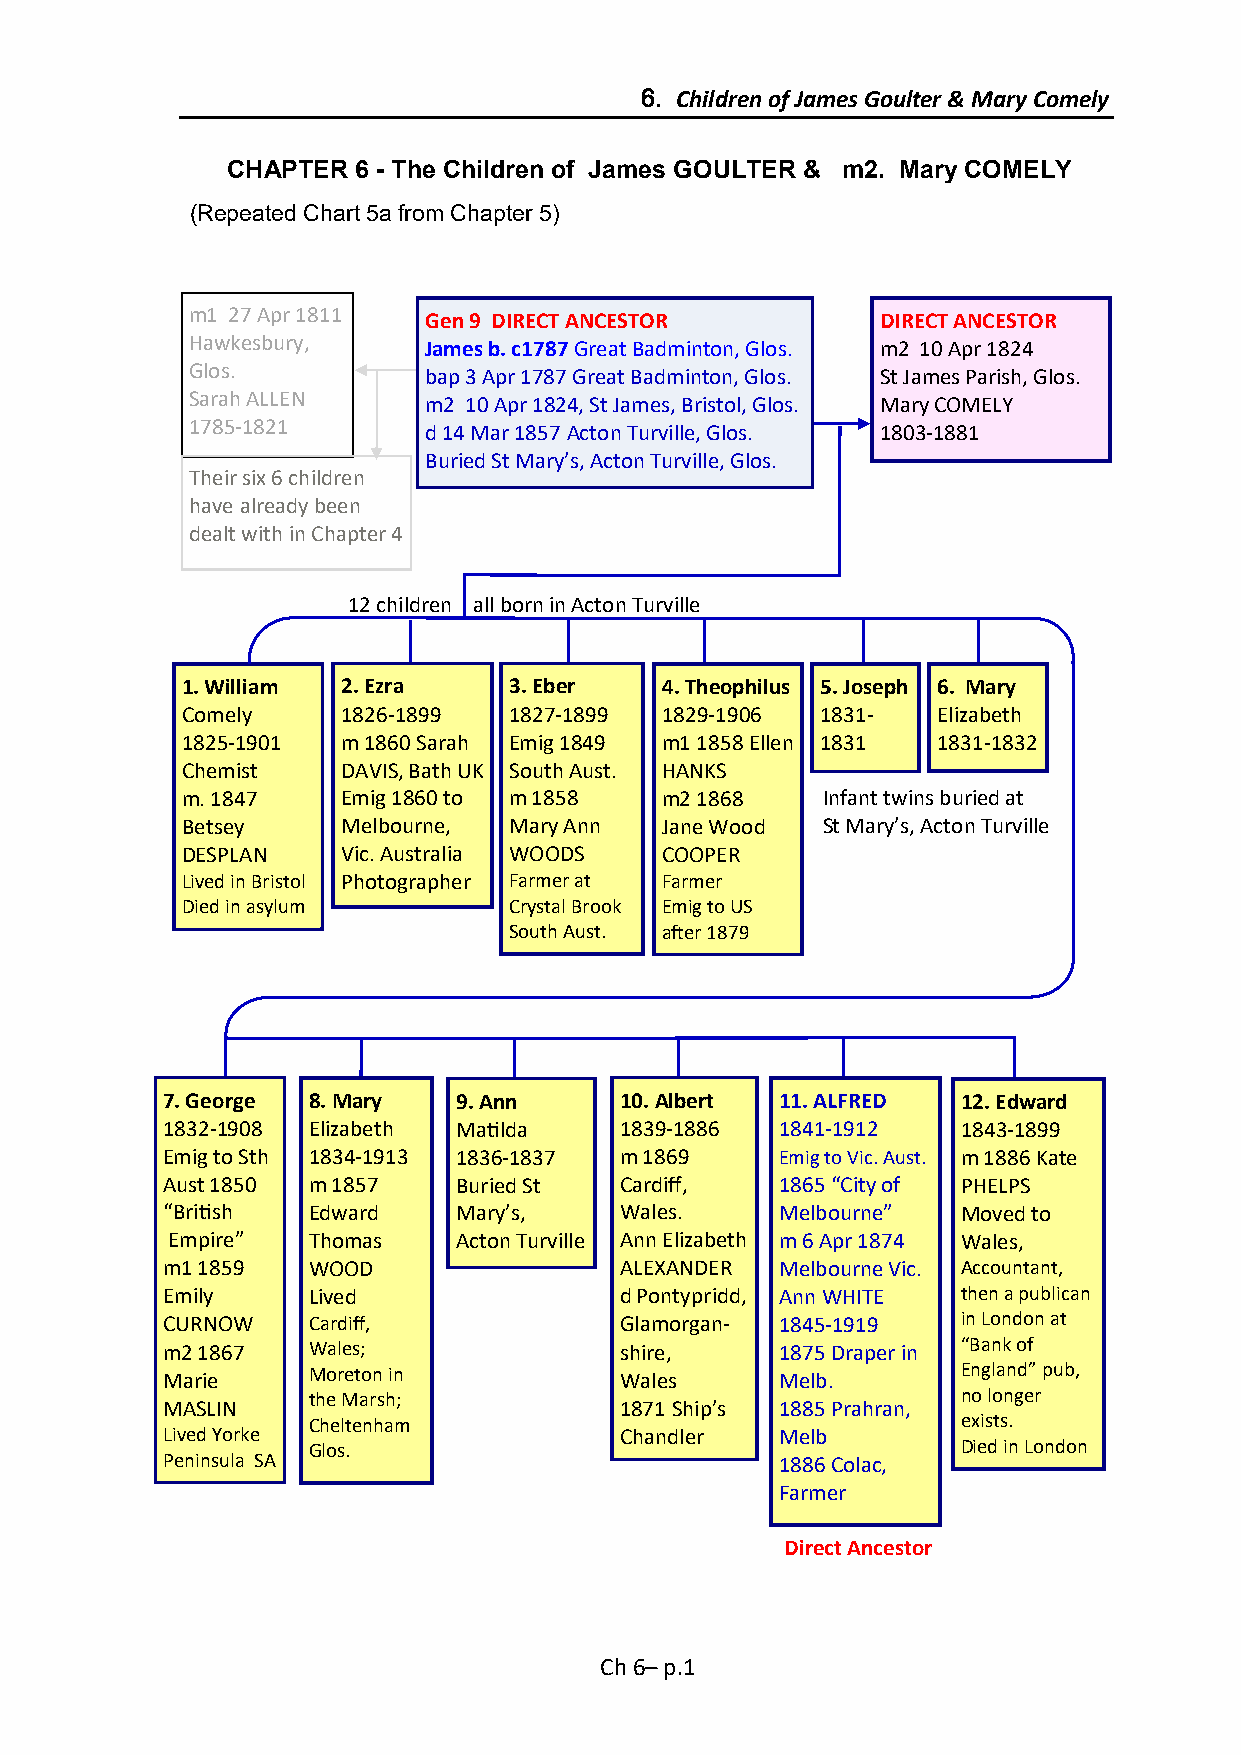
6. Children of James Goulter & Mary Comely
 CHAPTER 6 - The Children of James GOULTER & m2. Mary COMELY
 (Repeated Chart 5a from Chapter 5)
 m1 27 Apr 1811  Gen 9 DIRECT ANCESTOR         DIRECT ANCESTOR
 Hawkesbury,     James b. c1787 Great Badminton, Glos. m2 10 Apr 1824
 Glos.           bap 3 Apr 1787 Great Badminton, Glos. St James Parish, Glos.
 Sarah ALLEN     m2 10 Apr 1824, St James, Bristol, Glos. Mary COMELY
 1785-1821       d 14 Mar 1857 Acton Turville, Glos. 1803-1881
 Buried St Mary’s, Acton Turville, Glos.
 Their six 6 children
 have already been
 dealt with in Chapter 4
 12 children all born in Acton Turville
 1. William 2. Ezra    3. Eber   4. Theophilus 5. Joseph 6. Mary
 Comely     1826-1899  1827-1899 1829-1906 1831-   Elizabeth
 1825-1901  m 1860 Sarah Emig 1849 m1 1858 Ellen 1831 1831-1832
 Chemist    DAVIS, Bath UK South Aust. HANKS
 m. 1847    Emig 1860 to m 1858  m2 1868   Infant twins buried at
 Betsey     Melbourne, Mary Ann  Jane Wood St Mary’s, Acton Turville
 DESPLAN    Vic. Australia WOODS COOPER
 Lived in Bristol Photographer Farmer at Farmer
 Died in asylum        Crystal Brook Emig to US
 South Aust. after 1879
 7. George 8. Mary  9. Ann     10. Albert 11. ALFRED  12. Edward
 1832-1908 Elizabeth Matilda   1839-1886  1841-1912   1843-1899
 Emig to Sth 1834-1913 1836-1837 m 1869   Emig to Vic. Aust. m 1886 Kate
 Aust 1850 m 1857   Buried St  Cardiff,   1865 “City of PHELPS
 “British Edward    Mary’s,    Wales.     Melbourne”  Moved to
 Empire”  Thomas    Acton Turville Ann Elizabeth m 6 Apr 1874 Wales,
 m1 1859  WOOD                 ALEXANDER  Melbourne Vic. Accountant,
 Emily    Lived                d Pontypridd, Ann WHITE then a publican
 CURNOW   Cardiff,             Glamorgan- 1845-1919   in London at
 m2 1867  Wales;               shire,     1875 Draper in “Bank of
 Marie    Moreton in           Wales      Melb.       England” pub,
 the Marsh;                                  no longer
 MASLIN                        1871 Ship’s 1885 Prahran,
 Cheltenham                                  exists.
 Lived Yorke                   Chandler   Melb
 Glos.                                       Died in London
 Peninsula SA                             1886 Colac,
 Farmer
 Direct Ancestor
 Ch 6– p.1